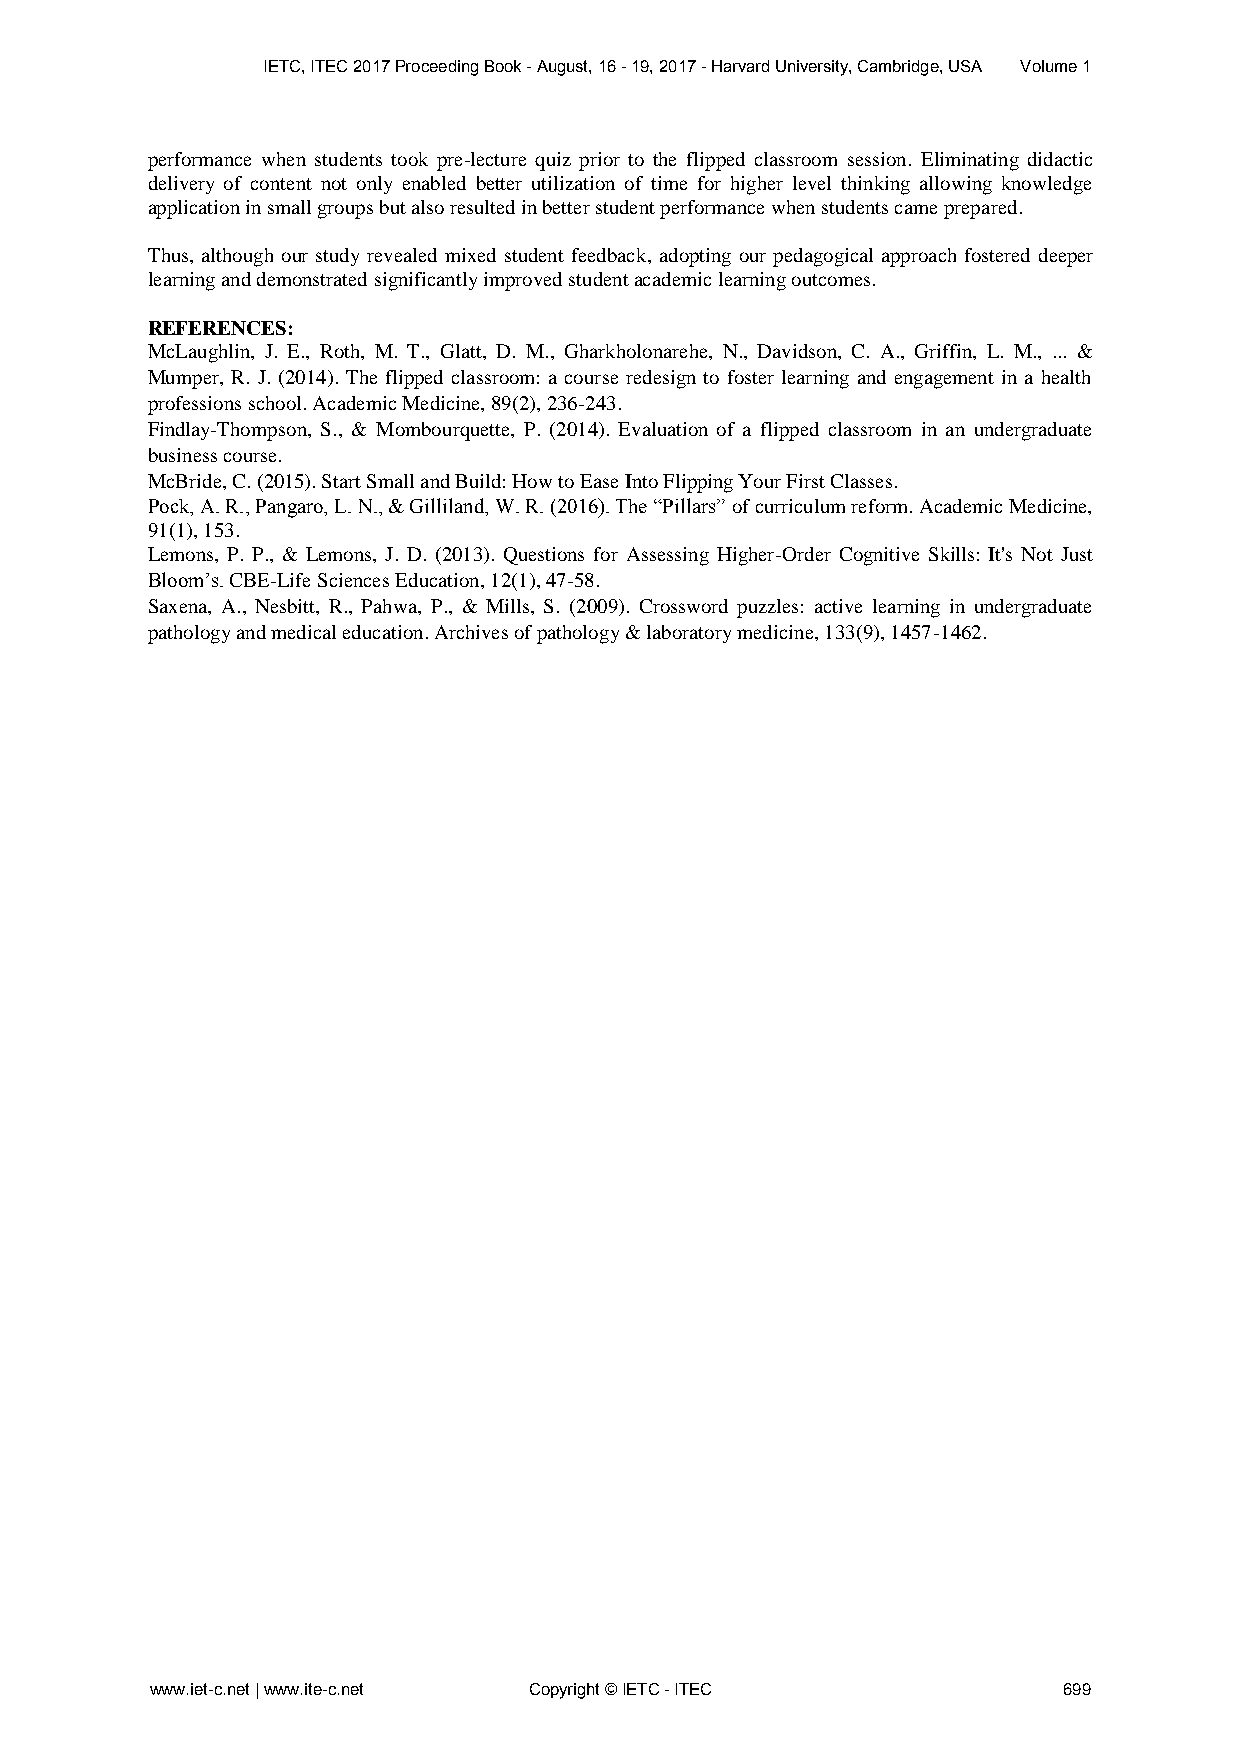
IETC, ITEC 2017 Proceeding Book - August, 16 - 19, 2017 - Harvard University, Cambridge, USA Volume 1
 performance when students took pre-lecture quiz prior to the flipped classroom session. Eliminating didactic
 delivery of content not only enabled better utilization of time for higher level thinking allowing knowledge
 application in small groups but also resulted in better student performance when students came prepared.
 Thus, although our study revealed mixed student feedback, adopting our pedagogical approach fostered deeper
 learning and demonstrated significantly improved student academic learning outcomes.
 REFERENCES:
 McLaughlin, J. E., Roth, M. T., Glatt, D. M., Gharkholonarehe, N., Davidson, C. A., Griffin, L. M., ... &
 Mumper, R. J. (2014). The flipped classroom: a course redesign to foster learning and engagement in a health
 professions school. Academic Medicine, 89(2), 236-243.
 Findlay-Thompson, S., & Mombourquette, P. (2014). Evaluation of a flipped classroom in an undergraduate
 business course.
 McBride, C. (2015). Start Small and Build: How to Ease Into Flipping Your First Classes.
 Pock, A. R., Pangaro, L. N., & Gilliland, W. R. (2016). The “Pillars” of curriculum reform. Academic Medicine,
 91(1), 153.
 Lemons, P. P., & Lemons, J. D. (2013). Questions for Assessing Higher-Order Cognitive Skills: It's Not Just
 Bloom’s. CBE-Life Sciences Education, 12(1), 47-58.
 Saxena, A., Nesbitt, R., Pahwa, P., & Mills, S. (2009). Crossword puzzles: active learning in undergraduate
 pathology and medical education. Archives of pathology & laboratory medicine, 133(9), 1457-1462.
 www.iet-c.net | www.ite-c.net Copyright © IETC - ITEC       699